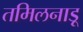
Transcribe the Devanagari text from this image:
तमिलनाड़ू